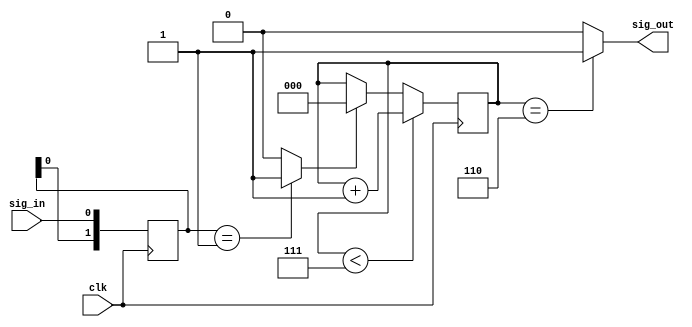
`timescale 1ns / 1ps

module front_detector(
    input clk,
    input sig_in,
    output sig_out
    );
	 
reg [2:0] delay = 'd7;

assign sig_out = (delay == 'd6)? 1'd1: 1'd0;
	 
reg [1:0] trig = 'd0;
always@(posedge clk)
begin
	trig <= {trig[0],sig_in};
end
//assign sig_out = (trig == 2'b01) ? 1'b1 : 1'b0; // 
wire start = (trig == 2'b01) ? 1'b1 : 1'b0; // 

always@(posedge clk)
begin
	if (start == 1'd1) delay<= 'd0;
	if (delay < 'd7) delay <= delay + 'd1;
end

endmodule